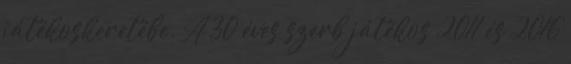
játékoskeretébe. A 30 éves szerb játékos 2011 és 2016